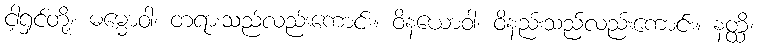
ငါ့ရှင်တို့။ ဓမ္မောဝါ၊ တရားသည်လည်းကောင်း။ ဝိနယောဝါ၊ ဝိနည်းသည်လည်းကောင်း။ နတ္ထိ၊